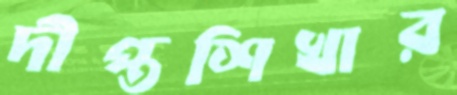
দীপ্তশিখার